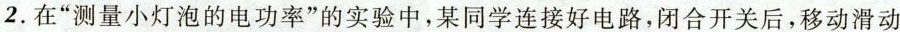
2.在”测量小灯泡的电功率”的实验中，某同学连接好电路，闭合开关后，移动滑动